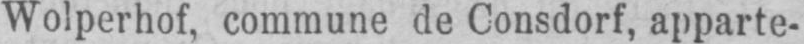
Wolperhof, commune de Consdorf, apparte-